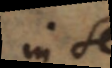
in re